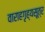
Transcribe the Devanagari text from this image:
वाराहगृह्यसूत्र